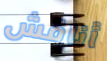
أناقش